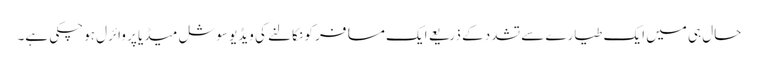
حال ہی میں ایک طیارے سے تشدد کے ذریعے ایک مسافر کو نکالنے کی ویڈیو سوشل میڈیا پر وائرل ہوچکی ہے۔